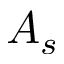
A _ { s }